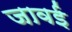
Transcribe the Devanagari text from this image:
जावई